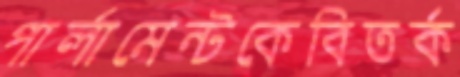
পার্লামেন্টকেবিতর্ক